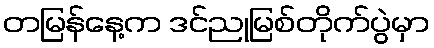
တမြန်နေ့က ဒင်ညုမြစ်တိုက်ပွဲမှာ